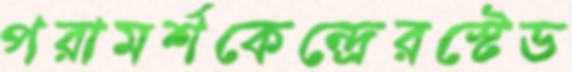
পরামর্শকেন্দ্রেরস্টেড